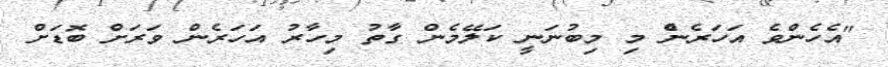
"އެހެންވެ އަހަރެނެް މި މިބުނަނީ ކަލޭމެން ގާތު މިހާރު އަހަރެން ވަރަށް ބޮޑަށް